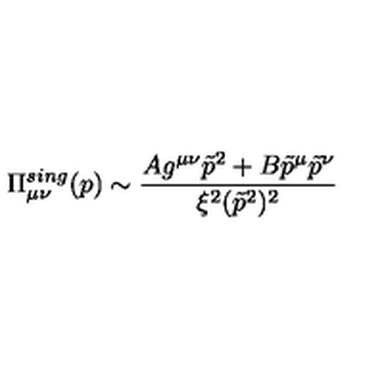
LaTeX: \Pi _ { \mu \nu } ^ { s i n g } ( p ) \sim \frac { A g ^ { \mu \nu } \tilde { p } ^ { 2 } + B \tilde { p } ^ { \mu } \tilde { p } ^ { \nu } } { \xi ^ { 2 } ( \tilde { p } ^ { 2 } ) ^ { 2 } }